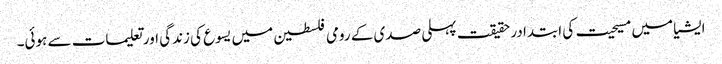
ایشیا میں مسیحیت کی ابتدا در حقیقت پہلی صدی کے رومی فلسطین میں یسوع کی زندگی اور تعلیمات سے ہوئی۔